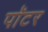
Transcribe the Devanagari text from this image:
पाॅटर